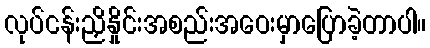
လုပ်ငန်းညှိနှိုင်းအစည်းအဝေးမှာပြောခဲ့တာပါ။